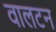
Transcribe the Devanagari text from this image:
वालटन